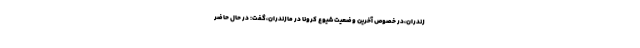
زندران،در خصوص آخرین وضعیت شیوع کرونا در مازندران،گفت: در حال حاضر